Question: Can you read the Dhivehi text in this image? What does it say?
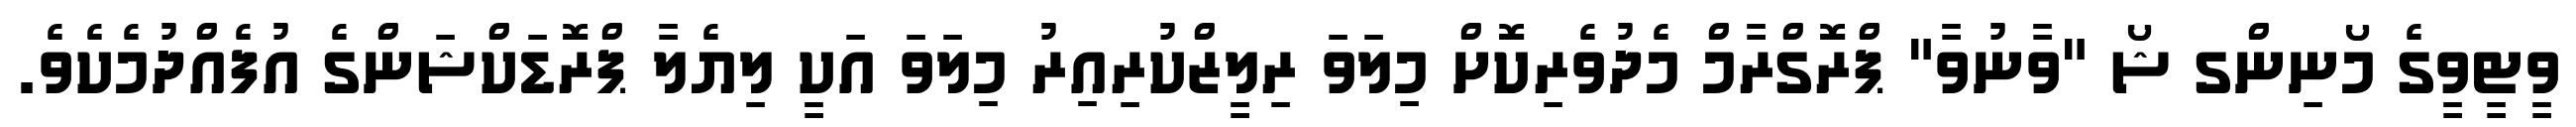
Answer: ވީޓީވީގެ މޯނިންގ ޝޯ "ވާނުވާ" ޕްރޮގްރާމް މެދުވެރިކޮށް މިލަވަ ރިލީޒްކުރިއިރު މިލަވަ އަކީ ލިޔެލާ ޕްރޮޑަކްޝަންގެ އުފެއްދުމެކެވެ.